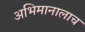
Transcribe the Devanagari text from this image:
अभिमानालाच